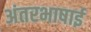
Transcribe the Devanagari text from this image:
अंतरभाषाई